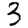
Digit: 3